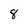
Character: 8